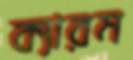
ক্যারম